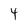
Character: 4